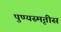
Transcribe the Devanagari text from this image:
पुण्यस्मृतीस